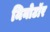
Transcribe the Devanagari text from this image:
मिनोटॉर